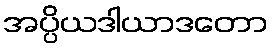
အပ္ပိယဒါယာဒတော